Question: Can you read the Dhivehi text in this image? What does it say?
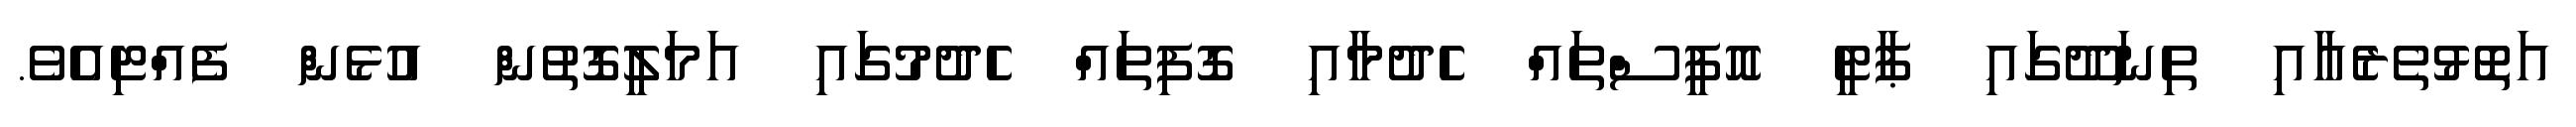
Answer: އަތޮޅުތެރެއާއި ތިނަދޫގައި ޕާޓީ އޮފީސްތައް ހެދުމާއި ގޮފިތައް ހެދުމުގައި އަމަލީގޮތުން އުޅެން ފެއްޓިއެވެ.